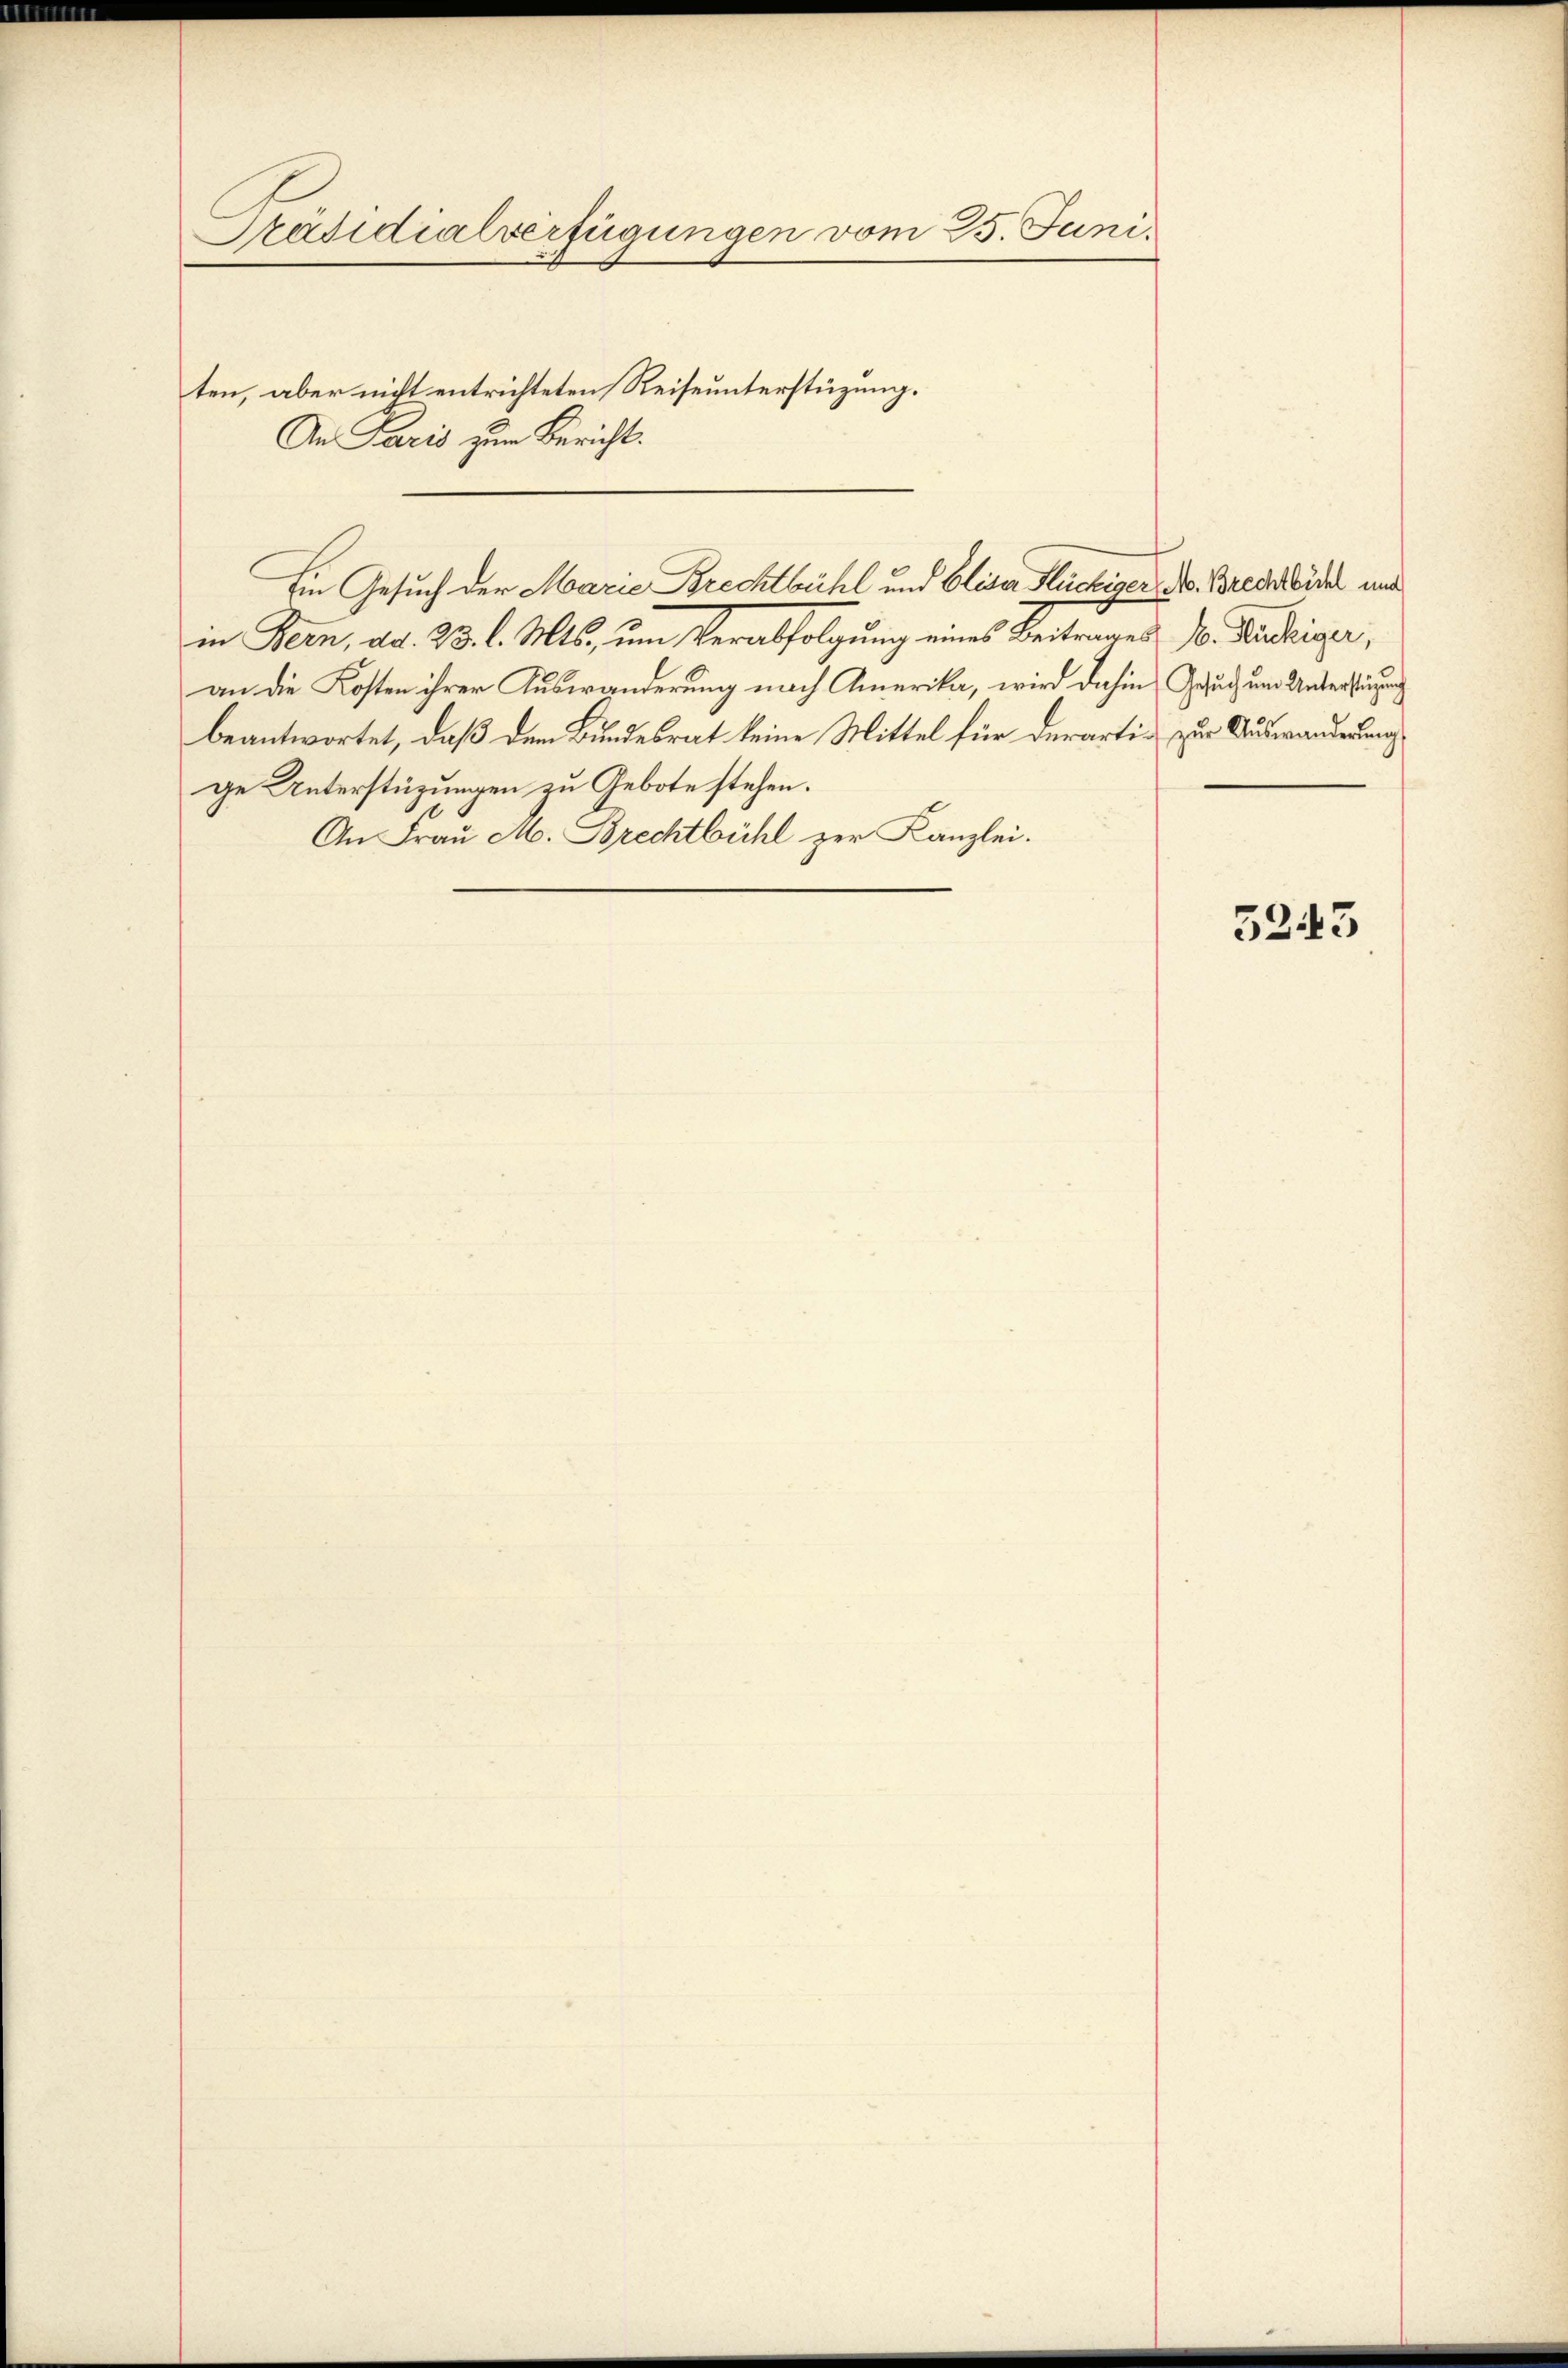
Präsidialverfügungen vom 25. Juni.
ten, aber nicht entrichteten Reiseunterstüzung.
An Paris zur Bericht.

in Bern, d. 23. l. Mts., um Verabfolgung eines Beitrages V. Bundeiger,
an die Kosten ihrer Auswanderung nach Amerika, wird dahin Gesuch um Unterstüzung
beantwortet, daß dem Bundesrat keine Mittel für derartin zur Auswanderung
ge Unterstüzungen zu Gebote stehen.
An Frau M. Brechtbühl zur Kanzlei.

Ein Gesuch der Marie Brechtbühl und Eliser Flückiger, Dr. Brecbider und

5243